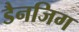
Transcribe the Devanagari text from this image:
डैनजिग